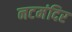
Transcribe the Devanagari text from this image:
नटमंदिर